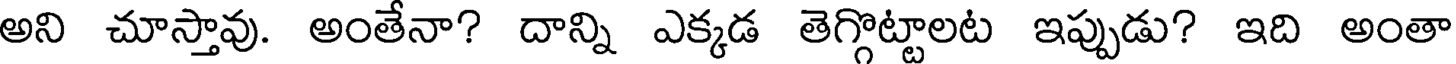
అని చూస్తావు. అంతేనా? దాన్ని ఎక్కడ తెగ్గొట్టాలట ఇప్పుడు? ఇది అంతా